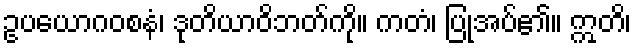
ဥပယောဂဝစနံ၊ ဒုတိယာဝိဘတ်ကို။ ကတံ၊ ပြုအပ်၏။ ဣတိ၊